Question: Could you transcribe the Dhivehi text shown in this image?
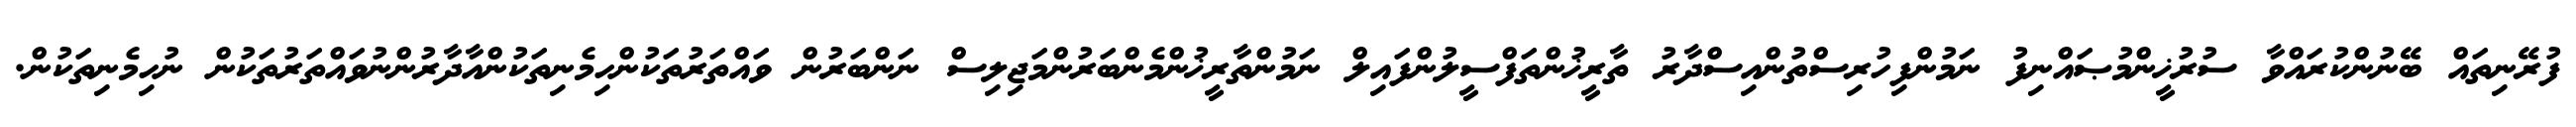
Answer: ފުރޭނިތައް ބޭނުންކުރައްވާ ސުރުޚީންމުޞައްނިފު ނަމުންފިހުރިސްތުންއިސްދާރު ތާރީޚުންތަފްސީލުންފައިލް ނަމުންތާރީޚުންމެންބަރުންމަޖިލިސް ނަންބަރުން ވައްތަރުތަކުންހިމެނިތަކުންއާދާރުންނުވައްތަރުތަކުން ނުހިމެނިތަކުން.